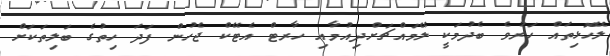
ލޭހޮޅިތައް ހަރުވެ ބެދުމަކީ ލޭމައްޗަށްދިއުމާއި ހާރޓް އެޓޭކް ޖެހުން ފަދަ ހިތުގެ ބަލިތަކަށް